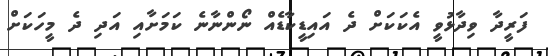
ފަރީދާ ވިދާޅުވީ އެކަކަށް ދެ އައިޑީކާޑެއް ނޯންނާނެ ކަމަށާއި އަދި ދެ މީހަކަށް